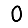
Digit: 0